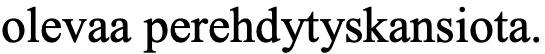
olevaa perehdytyskansiota.